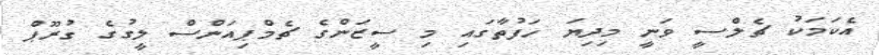
އެކަމަކު ޗެލްސީ ވަނީ މިދިޔަ ހަފުތާގައި މި ސީޒަންގެ ޗެމްޕިއަންސް ލީގުގެ ގުރޫޕް